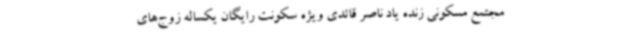
مجتمع مسکونی زنده یاد ناصر قائدی ویژه سکونت رایگان یکساله زوج‌های